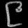
Digit: ၉